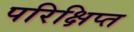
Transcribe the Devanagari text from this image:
परिक्षिप्त